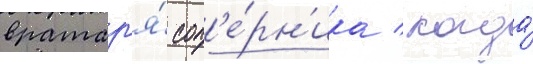
вратар'я́ соп'е́рн'ика / когда́